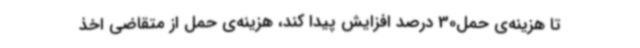
تا هزینه‌ی حمل30 درصد افزایش پیدا کند، هزینه‌ی حمل از متقاضی اخذ